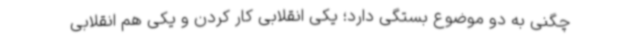
چگنی به دو موضوع بستگی دارد؛ یکی انقلابی کار کردن و یکی هم انقلابی